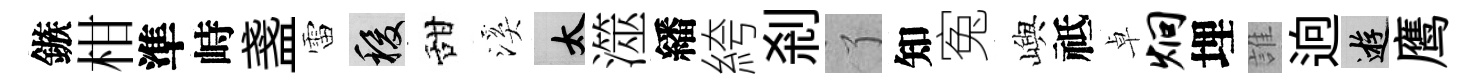
鏃柑準峙盞雷稷甜溪太澨繙絝剎了知寃嶼祗卓炯埋誰逈游鹰